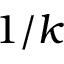
1 / k